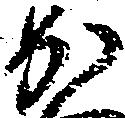
か